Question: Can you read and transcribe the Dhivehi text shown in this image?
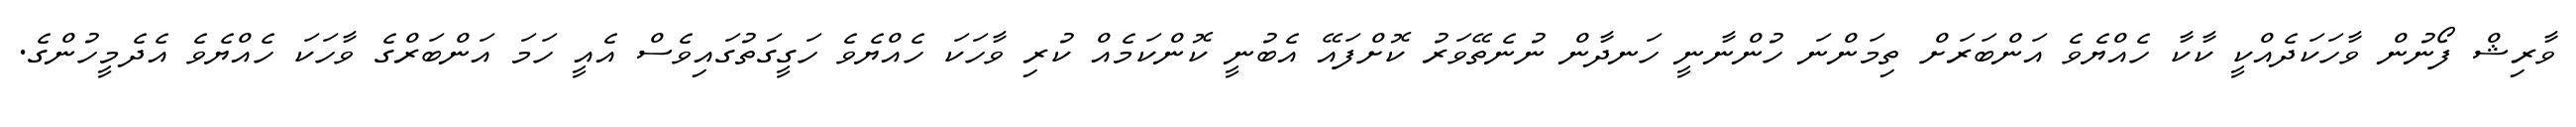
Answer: ވާރިޝް ފޯނުން ވާހަކަދެއްކީ ކާކާ ހެއްޔެވެ އަންބަރަށް ތިމަންނަ ހުންނާނީ ހަނދާން ނުނެތޭވަރު ކޮށްފައޭ އެބުނީ ކޮންކަމެއް ކުރި ވާހަކަ ހެއްޔެވެ ހަގީގަތުގައިވެސް އެއީ ހަމަ އަންބަރްގެ ވާހަކަ ހެއްޔެވެ އެދެމީހުންގެ.